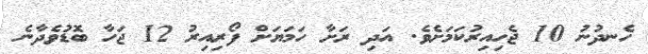
ހެނދުނު 10 ޖެހިއިރުކަމަށެވެ. އަދި ރަށާ ހަމަޔަށް ފޯރިއިރު 12 ޖަހާ ބޮޑުވެދާނެ